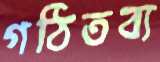
গঠিতব্য